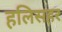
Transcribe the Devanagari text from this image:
हलिसहर